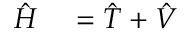
{ \begin{array} { r l } { { \hat { H } } } & { { } = { \hat { T } } + { \hat { V } } } \end{array} } \,